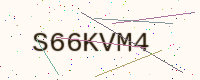
Text: S66KVM4